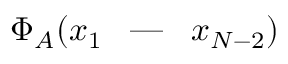
\Phi _ { A } ( x _ { 1 } \textrm { \, --- \, } x _ { N - 2 } )